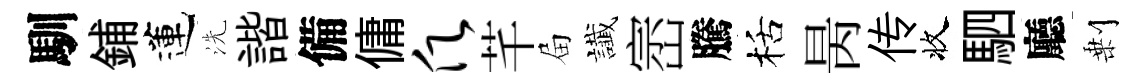
馴鋪蓮洗諧備傭愿芊屇䜟崈騰栝昺传收駟廳剰